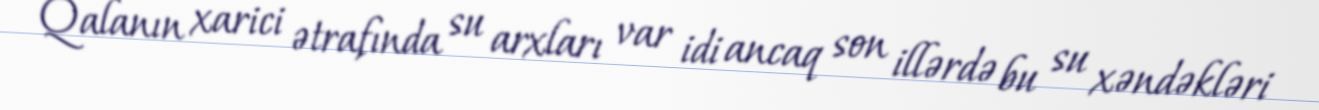
Qalanın xarici ətrafında su arxları var idi ancaq son illərdə bu su xəndəkləri